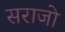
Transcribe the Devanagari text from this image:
सराजो